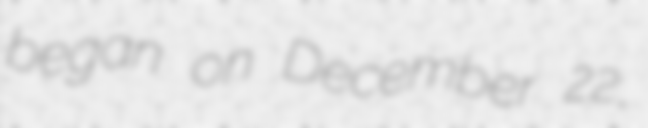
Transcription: began on December 22,